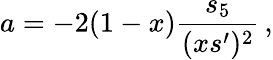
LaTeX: a=-2(1-x)\frac{s_{5}}{(xs^{\prime})^{2}}\, ,